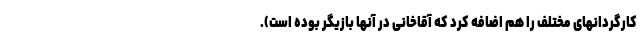
کارگردانهای مختلف را هم اضافه کرد که آقاخانی در آنها بازیگر بوده است).